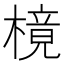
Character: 樈